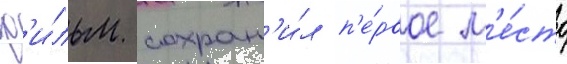
ф'и́льм сохран'и́л п'е́рвое м'е́сто